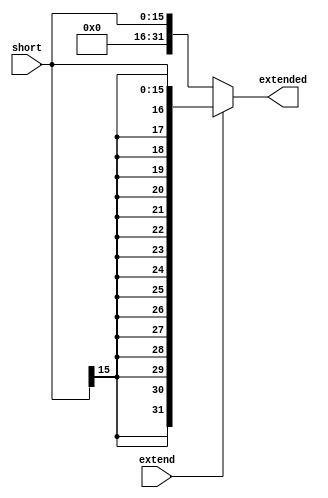
`timescale 1ns / 1ps
//////////////////////////////////////////////////////////////////////////////////
// Company: 
// Engineer: 
// 
// Design Name: 
// Module Name: signext
// Project Name: 
// Target Devices: 
// Tool Versions: 
// Description: 
// 
// Dependencies: 
// 
// Revision:
// Revision 0.01 - File Created
// Additional Comments:
// 
//////////////////////////////////////////////////////////////////////////////////


module signext(
    input [15:0] short,
    input extend,
    output reg [31:0] extended
    );
    
    //copy the MSb to the more significant 16 bits
    always@(*)
    if(extend)//sign extend
        extended={{16{short[15]}},short};
    else//zero extend
        extended={16'h0000,short};
    
endmodule